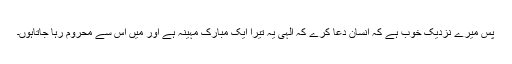
پس میرے نزدیک خوب ہے کہ انسان دعا کرے کہ الٰہی یہ تیرا ایک مبارک مہینہ ہے اور مَیں اس سے محروم رہا جاتاہوں۔